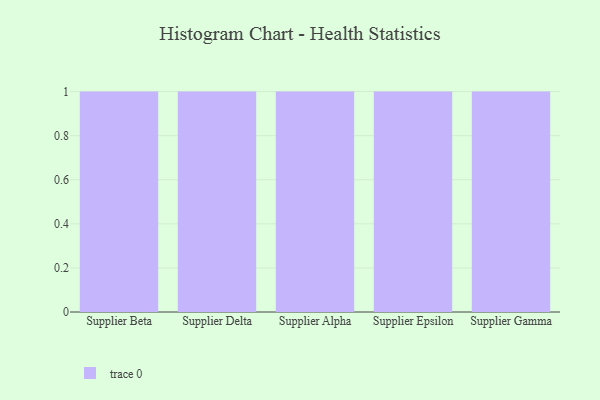
{"axis": {"x": "Supplier", "y": "Churn Rate (%)"}, "legend": [""], "data": [{"x": "Supplier Beta", "y": 91, "type": ""}, {"x": "Supplier Delta", "y": 92, "type": ""}, {"x": "Supplier Alpha", "y": 95, "type": ""}, {"x": "Supplier Epsilon", "y": 17, "type": ""}, {"x": "Supplier Gamma", "y": 62, "type": ""}]}